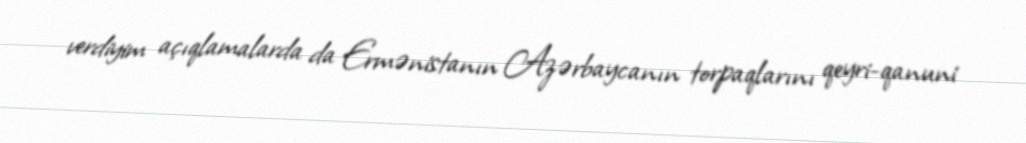
verdiyim açıqlamalarda da Ermənistanın Azərbaycanın torpaqlarını qeyri-qanuni